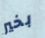
بخير